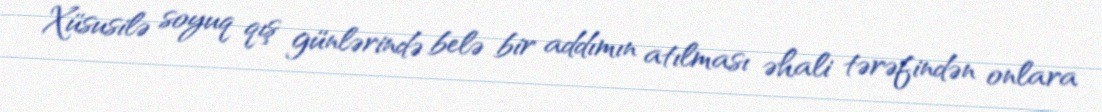
Xüsusilə soyuq qış günlərində belə bir addımın atılması əhali tərəfindən onlara